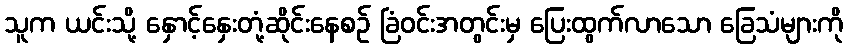
သူက ယင်းသို့ နှောင့်နှေးတုံ့ဆိုင်းနေစဉ် ခြံဝင်းအတွင်းမှ ပြေးထွက်လာသော ခြေသံများကို